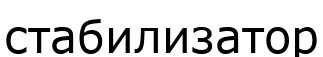
стабилизатор